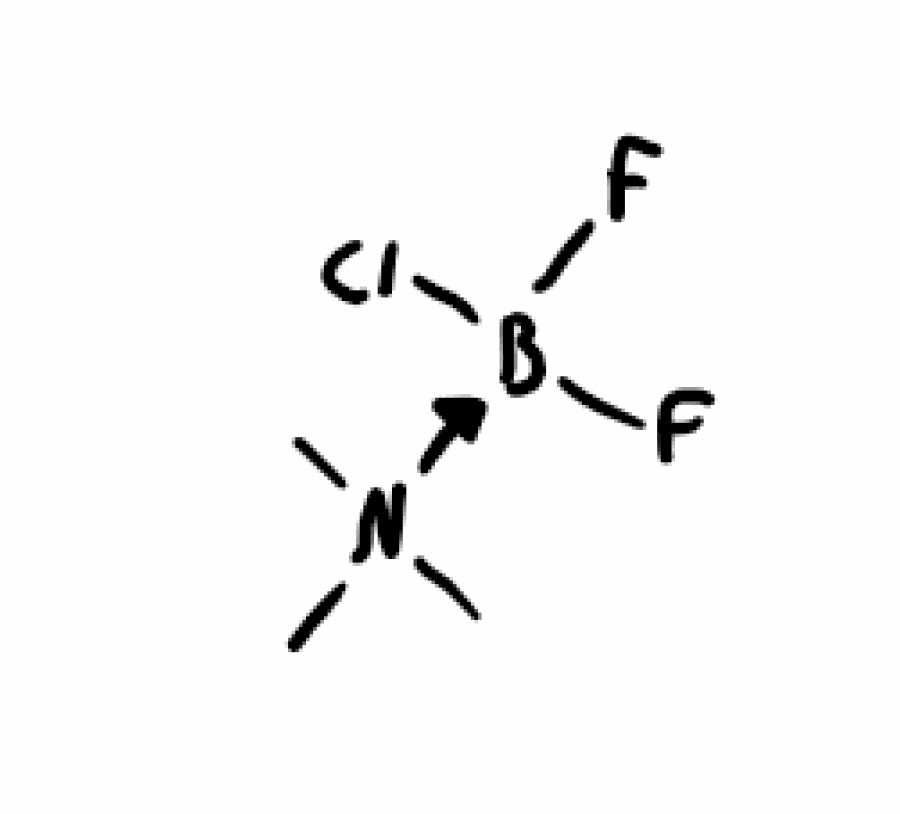
Simplified molecular-input line-entry system (SMILES) notation of the given molecule:
[B-]([N+](C)(C)C)(F)(F)Cl